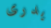
يدرى